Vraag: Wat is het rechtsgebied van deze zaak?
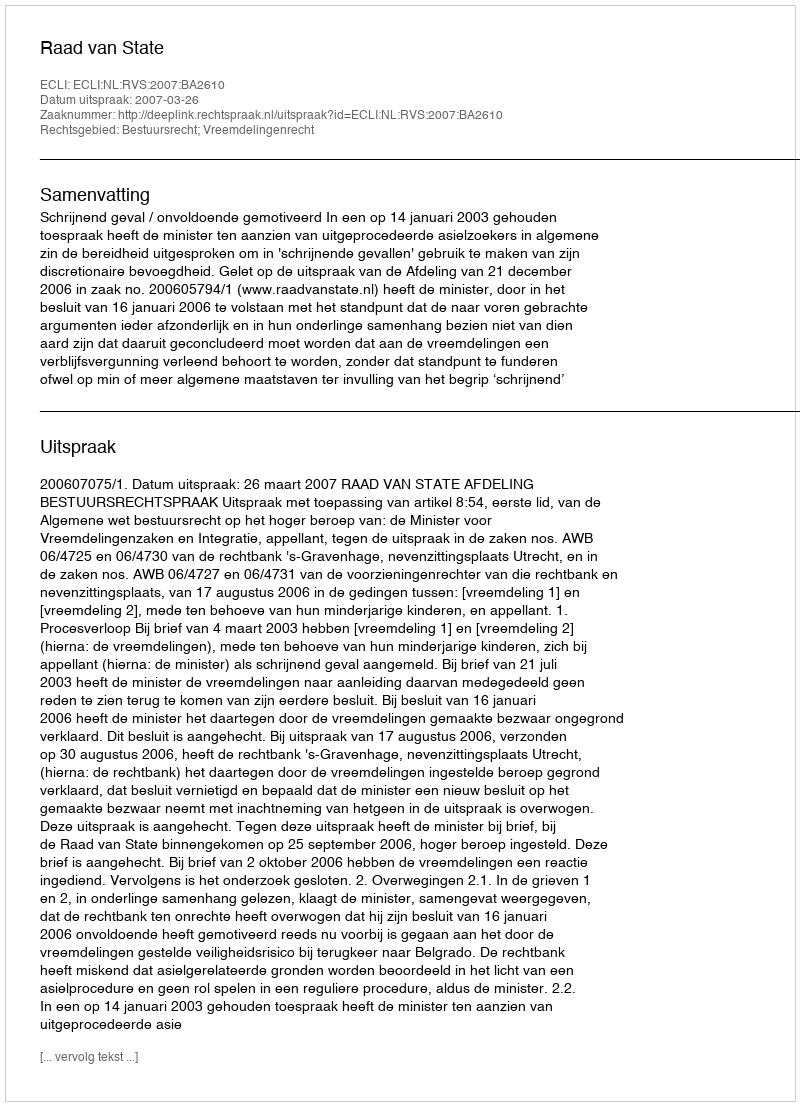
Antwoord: Bestuursrecht; Vreemdelingenrecht